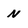
Character: N